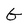
Character: G